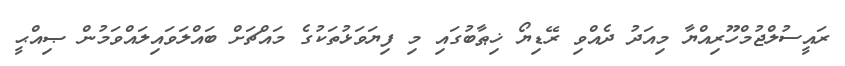
ރައީސުލްޖުމްހޫރިއްޔާ މިއަދު ދެއްވި ރޭޑިޔޯ ޚިޠާބުގައި މި ފިޔަވަޅުތަކުގެ މައްޗަށް ބައްލަވައިލައްވަމުން ޞިއްޙީ